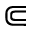
\Subset